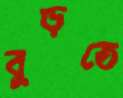
বুড়তে